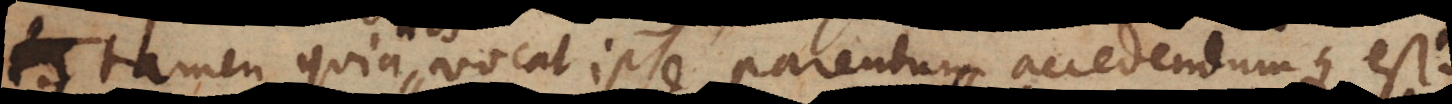
tamen quia nos vocat ipse parendum accedendumq